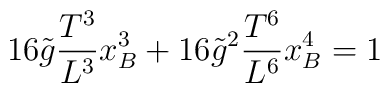
16\tilde{g} \frac{T^3 }{L^3 } x_B^3 + 16\tilde{g}^{2} \frac{T^6 }{L^6 }x_B^4 =1